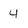
Character: 4